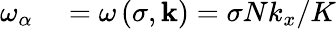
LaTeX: \begin{array}{rl}{\omega_{\alpha}}&{{}=\omega\left(\sigma,\mathbf{k}\right)=\sigma Nk_{x}/K}\end{array}